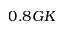
0 . 8 G K